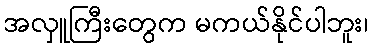
အလှူကြီးတွေက မကယ်နိုင်ပါဘူး၊